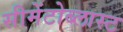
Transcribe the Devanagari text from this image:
सीमेंटोब्लास्ट